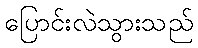
ပြောင်းလဲသွားသည်